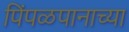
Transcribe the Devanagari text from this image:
पिंपळपानाच्या